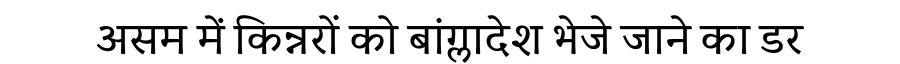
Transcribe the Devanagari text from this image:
असम में किन्नरों को बांग्लादेश भेजे जाने का डर